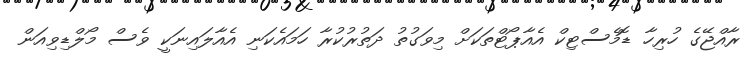
ރާއްޖޭގެ ހުރިހާ ޑޮމެސްޓިކް އެއާޕޯޓްތަކަށް މިވަގުތު ދަތުުރުކުރާ ހަމައެކަނި އެއާލައިނަކީ ވެސް މޯލްޑިވިއަން